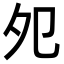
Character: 夗